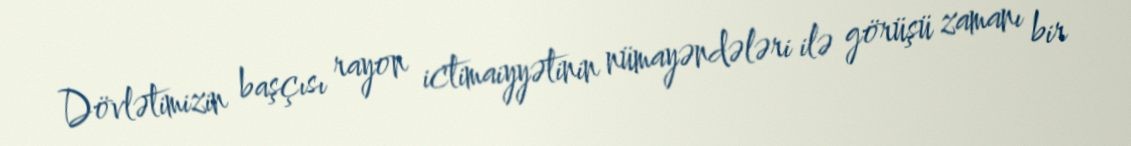
Dövlətimizin başçısı rayon ictimaiyyətinin nümayəndələri ilə görüşü zamanı bir